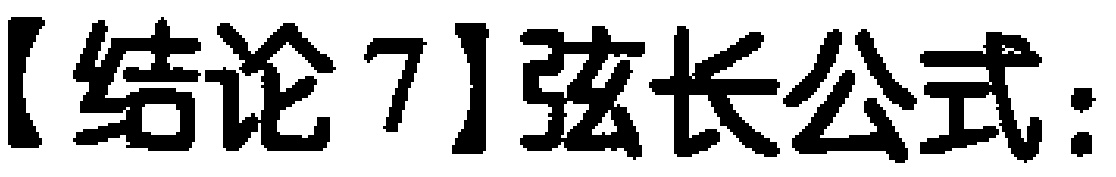
【结论7】弦长公式：